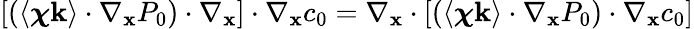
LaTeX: \left[\left(\left\langle\boldsymbol\chi\mathbf k\right\rangle\cdot\nabla_{\mathbf x}P_{0}\right)\cdot\nabla_{\mathbf x}\right]\cdot\nabla_{\mathbf x}c_{0}=\nabla_{\mathbf x}\cdot\left[\left(\left\langle\boldsymbol\chi\mathbf k\right\rangle\cdot\nabla_{\mathbf x}P_{0}\right)\cdot\nabla_{\mathbf x}c_{0}\right]